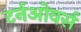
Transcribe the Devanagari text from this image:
टर्नओवर्स